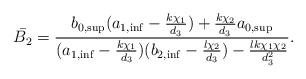
LaTeX: \begin{align*}\bar {B_2}=\frac{b_{0,\sup}(a_{1,\inf}-\frac{k\chi_1}{d_3})+\frac{k\chi_2}{d_3}a_{0,\sup}}{(a_{1,\inf}-\frac{k\chi_1}{d_3})(b_{2,\inf}-\frac{l\chi_2}{d_3})-\frac{lk\chi_1\chi_2}{d_3^2}}.\end{align*}